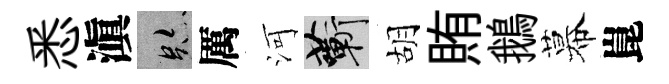
悉滇跡厲河蔪胡賄鵝幕崑